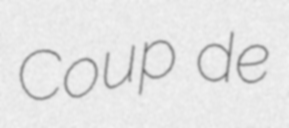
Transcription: Coup de